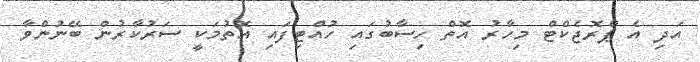
އަދި އެ ޕްރޮޖެކްޓް މިހާރު އޮތް ހިސާބުގައި ހުއްޓިފައި އޮތުމަކީ ސަރުކާރުން ބޭނުންވާ